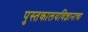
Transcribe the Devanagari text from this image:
पुस्तकालयविज्ञानाचा